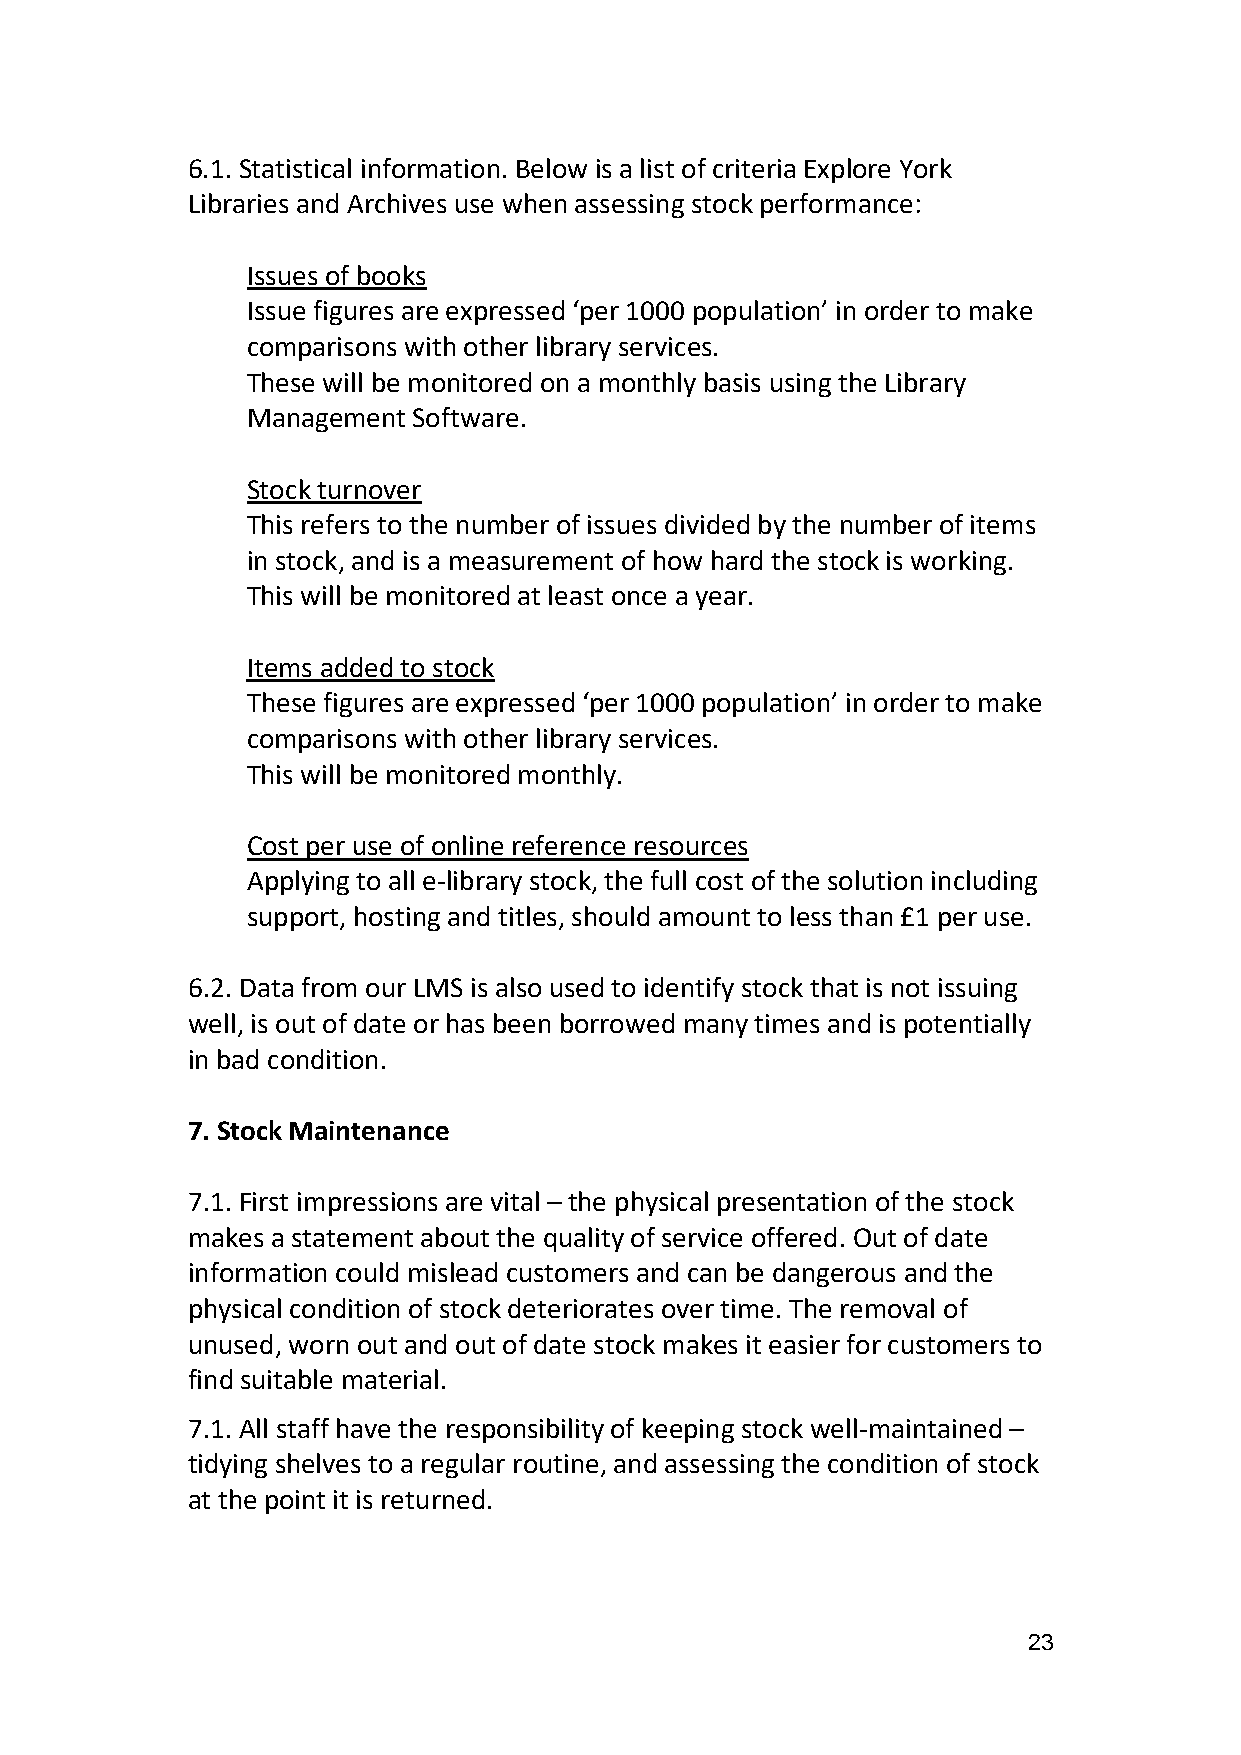
6.1. Statistical information. Below is a list of criteria Explore York
 Libraries and Archives use when assessing stock performance:
 Issues of books
 Issue figures are expressed ‘per 1000 population’ in order to make
 comparisons with other library services.
 These will be monitored on a monthly basis using the Library
 Management Software.
 Stock turnover
 This refers to the number of issues divided by the number of items
 in stock, and is a measurement of how hard the stock is working.
 This will be monitored at least once a year.
 Items added to stock
 These figures are expressed ‘per 1000 population’ in order to make
 comparisons with other library services.
 This will be monitored monthly.
 Cost per use of online reference resources
 Applying to all e-library stock, the full cost of the solution including
 support, hosting and titles, should amount to less than £1 per use.
 6.2. Data from our LMS is also used to identify stock that is not issuing
 well, is out of date or has been borrowed many times and is potentially
 in bad condition.
 7. Stock Maintenance
 7.1. First impressions are vital – the physical presentation of the stock
 makes a statement about the quality of service offered. Out of date
 information could mislead customers and can be dangerous and the
 physical condition of stock deteriorates over time. The removal of
 unused, worn out and out of date stock makes it easier for customers to
 find suitable material.
 7.1. All staff have the responsibility of keeping stock well-maintained –
 tidying shelves to a regular routine, and assessing the condition of stock
 at the point it is returned.
 23